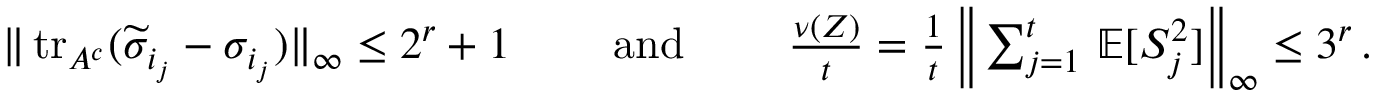
\begin{array} { r } { \| \operatorname { t r } _ { A ^ { c } } ( \widetilde { \sigma } _ { i _ { j } } - \sigma _ { i _ { j } } ) \| _ { \infty } \le 2 ^ { r } + 1 \qquad \mathrm { ~ a n d ~ } \qquad \frac { \nu ( Z ) } { t } = \frac { 1 } { t } \, \Big \| \sum _ { j = 1 } ^ { t } \, \mathbb { E } [ S _ { j } ^ { 2 } ] \Big \| _ { \infty } \le 3 ^ { r } \, . } \end{array}